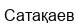
Сатақаев